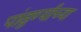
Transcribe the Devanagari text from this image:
पांढुर्ण्याच्या